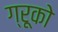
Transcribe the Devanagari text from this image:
ग्रूको